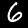
Label: 6